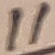
Text: 11